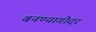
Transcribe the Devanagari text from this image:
बनण्यागोदर